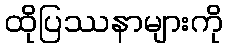
ထိုပြဿနာများကို